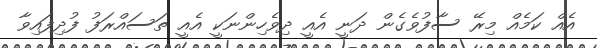
އެއް ކަމެއް މިރޭ ސާފުވެގެން ދަނީ އެއީ ދިވެހިންނަކީ އެއީ ތަސައްރަފު ފުދިފައިވާ